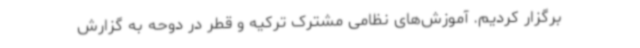
برگزار کردیم. آموزش‌های نظامی مشترک ترکیه و قطر در دوحه به گزارش